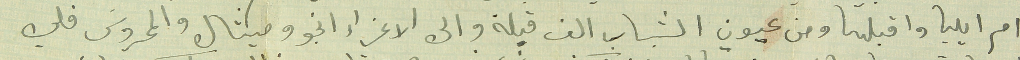
ام ايليا واقبلها ومن عيون الشباب الف قبلة والى الاعزاء انجو وميشال والمحروسَ فلي